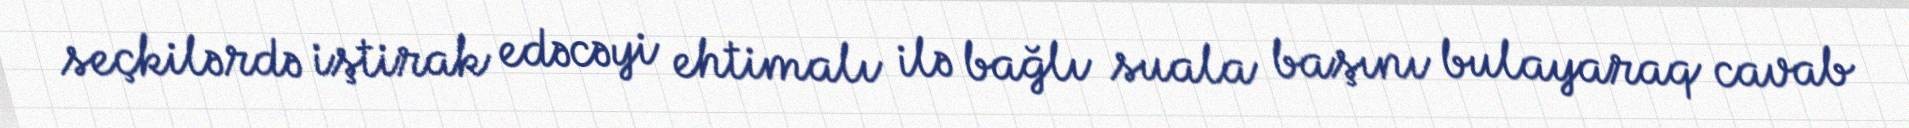
seçkilərdə iştirak edəcəyi ehtimalı ilə bağlı suala başını bulayaraq cavab